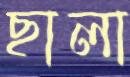
ছালা